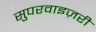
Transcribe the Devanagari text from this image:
सुपरवाइज़री